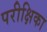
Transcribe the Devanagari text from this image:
परीक्षिका